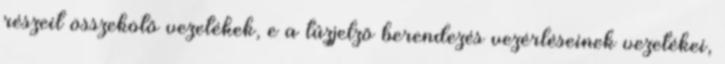
részeit összekötõ vezetékek, e a tûzjelzõ berendezés vezérléseinek vezetékei,